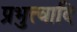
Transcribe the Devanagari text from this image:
प्रभुत्वादि